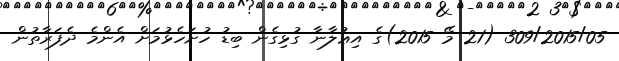
309/2015/05 (21 މޭ 2015)ގެ އިޢުލާނާ ގުޅިގެން ބިޑު ހުށަހެޅުމަށް އެންމެ ދެފަރާތުން